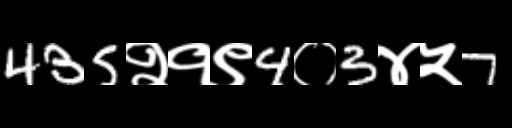
Text: 435२१९4०3४५7